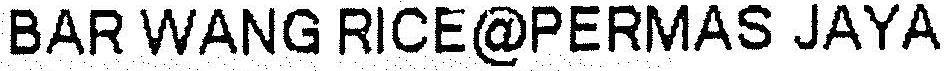
BAR WANG RICE@PERMAS JAYA